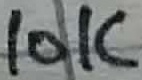
Text: 10K